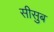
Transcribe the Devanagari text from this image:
सीसुब